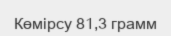
Көмірсу 81,3 грамм